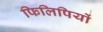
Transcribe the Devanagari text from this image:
फिलिपियों